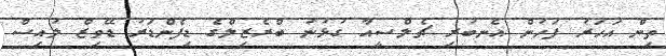
ތިން އަހަރު ފަހުން އެނބުރި ޗެލްސީއާ ގުޅުނު ބްރެޒިލްގެ ޑިފެންޑަރު ޑޭވިޒް ލުއިސް